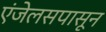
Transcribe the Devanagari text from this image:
एंजेलसपासून